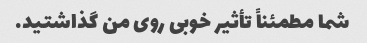
شما مطمئناً تأثیر خوبی روی من گذاشتید.